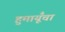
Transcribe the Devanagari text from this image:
हुमायूँचा